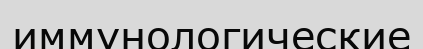
иммунологические